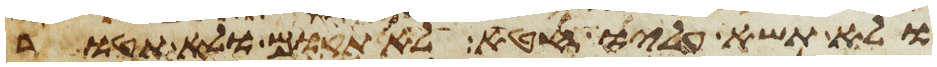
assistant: ולא תשא עליו חטא לא תקום ולא תהטר